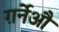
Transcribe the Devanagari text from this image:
ग़र्नेऔ